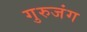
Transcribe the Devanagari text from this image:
गुरुजंग